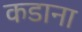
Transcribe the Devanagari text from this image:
कडाना